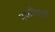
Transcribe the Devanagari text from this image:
दासींसाठी